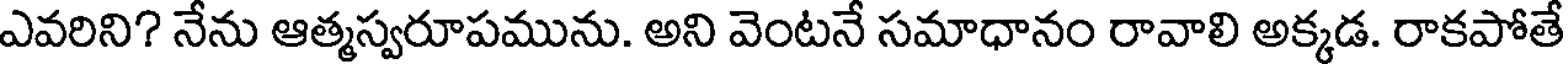
ఎవరిని? నేను ఆత్మస్వరూపమును. అని వెంటనే సమాధానం రావాలి అక్కడ. రాకపోతే